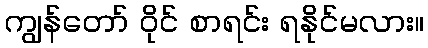
ကျွန်တော် ဝိုင် စာရင်း ရနိုင်မလား။